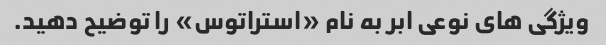
ویژگی های نوعی ابر به نام «استراتوس» را توضیح دهید.